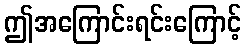
ဤအကြောင်းရင်းကြောင့်